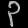
Digit: ၃